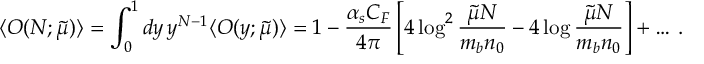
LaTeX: \langle O ( N ; \tilde { \mu } ) \rangle = \int _ { 0 } ^ { 1 } d y \, y ^ { N - 1 } \langle O ( y ; \tilde { \mu } ) \rangle = 1 - \frac { \alpha _ { s } C _ { F } } { 4 \pi } \left[ 4 \log ^ { 2 } { \frac { \tilde { \mu } N } { m _ { b } n _ { 0 } } } - 4 \log { \frac { \tilde { \mu } N } { m _ { b } n _ { 0 } } } \right] + \ldots \, .